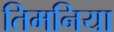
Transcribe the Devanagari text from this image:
तिमनिया